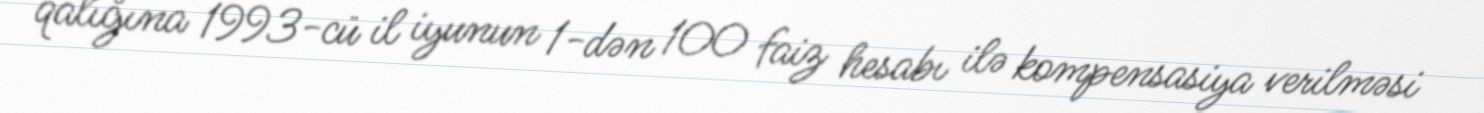
qalığına 1993-cü il iyunun 1-dən 100 faiz hesabı ilə kompensasiya verilməsi